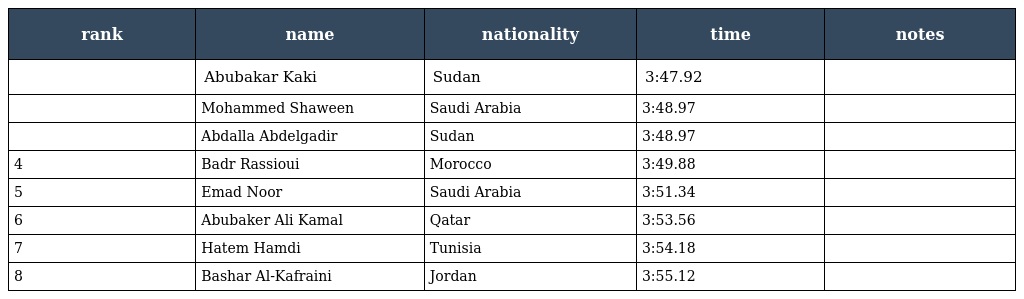
| rank | name | nationality | time | notes |
 | --- | --- | --- | --- | --- |
 |  | Abubakar Kaki | Sudan | 3:47.92 |  |
 |  | Mohammed Shaween | Saudi Arabia | 3:48.97 |  |
 |  | Abdalla Abdelgadir | Sudan | 3:48.97 |  |
 | 4 | Badr Rassioui | Morocco | 3:49.88 |  |
 | 5 | Emad Noor | Saudi Arabia | 3:51.34 |  |
 | 6 | Abubaker Ali Kamal | Qatar | 3:53.56 |  |
 | 7 | Hatem Hamdi | Tunisia | 3:54.18 |  |
 | 8 | Bashar Al-Kafraini | Jordan | 3:55.12 |  |